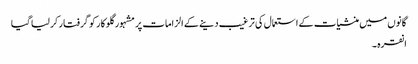
گانوں میں منشیات کے استعمال کی ترغیب دینے کے الزامات پر مشہور گلوکار کو گرفتار کر لیا گیا
انقرہ ۔